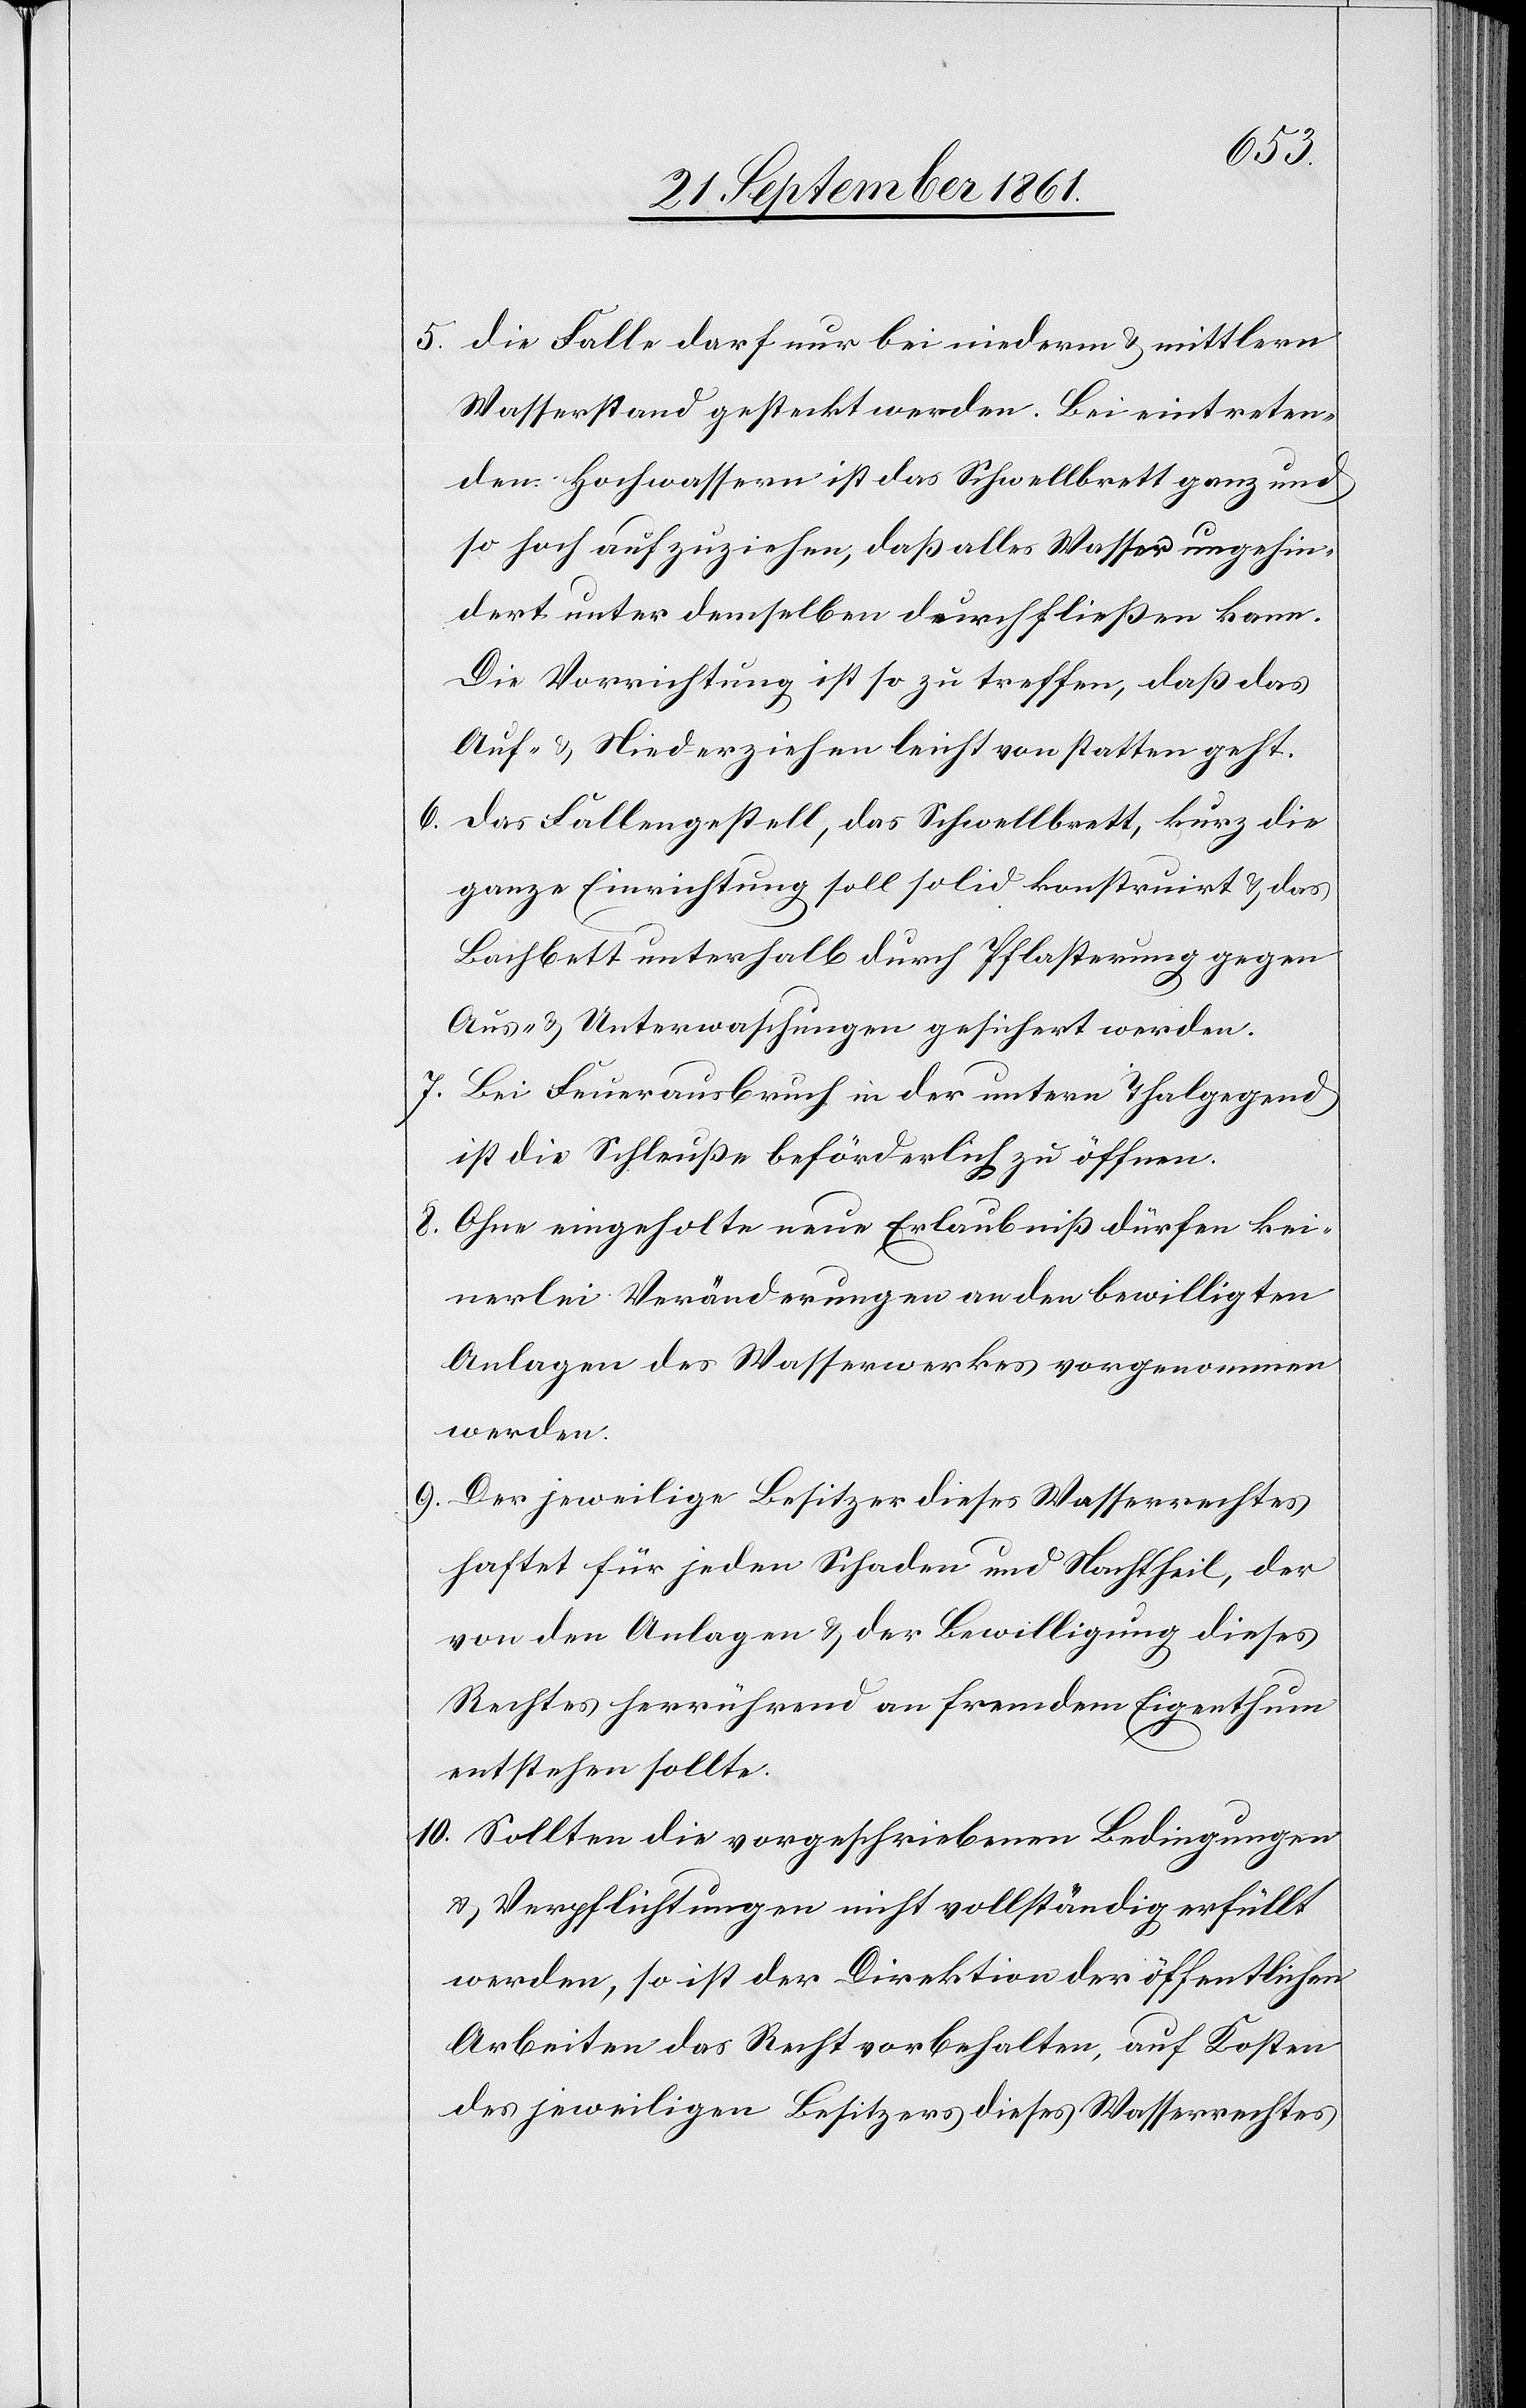
5. die Falle darf nur bei niederm u. mittlern
Wasserstand gesteckt werden. Bei eintreten¬
den Hochwassern ist das Schwellbrett ganz und
so hoch aufzuziehen, daß alles Wasser ungehin¬
dert unter demselben durchfließen kann.
Die Vorrichtung ist so zu treffen, daß das
Auf- u. Niederziehen leicht von statten geht.
6. das Fallengestell, das Schwellbrett, kurz die
ganze Einrichtung soll solid konstruirt u. das
Bachbett unterhalb durch Pflasterung gegen
Aus- u. Unterwaschungen gesichert werden.
7. Bei Feuerausbruch in der untern Thalgegend
ist die Schleuße beförderlich zu öffnen.
8. Ohne eingeholte neue Erlaubniß dürfen kei¬
nerlei Veränderungen an den bewilligten
Anlagen des Wasserwerkes vorgenommen
werden.
9. Der jeweilige Besitzer dieses Wasserrechtes
haftet für jeden Schaden und Nachtheil, der
von den Anlagen u. der Bewilligung dieses
Rechtes herrührend an fremdem Eigenthum
entstehen sollte.
10. Sollten die vorgeschriebenen Bedingungen
u. Verpflichtungen nicht vollständig erfüllt
werden, so ist der Direktion der öffentlichen
Arbeiten das Recht vorbehalten, auf Kosten
des jeweiligen Besitzers dieses Wasserrechtes